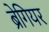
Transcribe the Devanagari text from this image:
ब्रेगियर